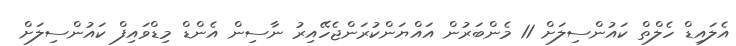
އެލައިޑް ހެލްތް ކައުންސިލަށް 11 މެންބަރުން އައްޔަންކުރަންޖެހޭއިރު ނާސިން އެންޑް މިޑްވައިފް ކައުންސިލަށް